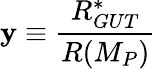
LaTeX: \mathbf{y}\equiv\frac{{R_{GUT}^{*}}}{{R(M_{P})}}